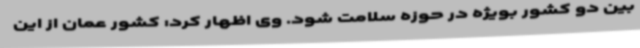
بین دو کشور بویژه در حوزه سلامت شود. وی اظهار کرد: کشور عمان از این